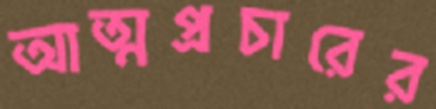
আত্মপ্রচারের